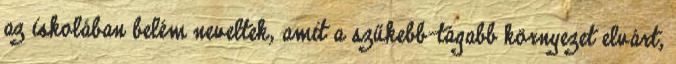
az iskolában belém neveltek, amit a szűkebb-tágabb környezet elvárt,